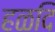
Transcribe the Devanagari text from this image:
हळदि